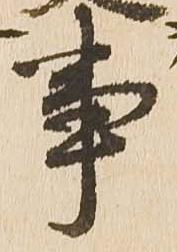
事